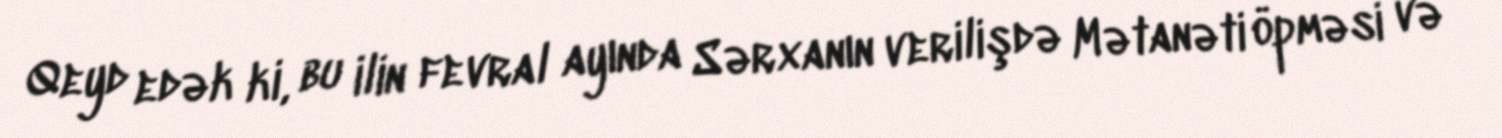
Qeyd edək ki, bu ilin fevral ayında Sərxanın verilişdə Mətanəti öpməsi və